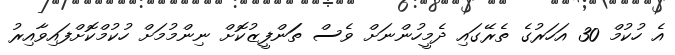
އެ ހުކުމް 30 އަހަރުގެ ތެރޭގައި ދެމީހުންނަށް ވެސް ތަަންފީޒުކޮށް ނިންމުމަށް ހުކުމްކޮށްފައިވާއިރު